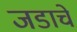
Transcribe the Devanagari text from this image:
जडाचे